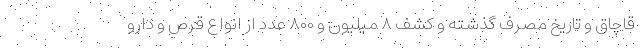
قاچاق و تاریخ مصرف گذشته و کشف ۸ میلیون و ۸۰۰ عدد از انواع قرص و دارو